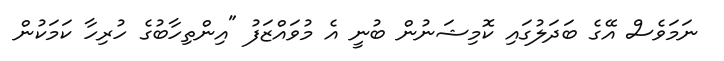
ނަމަވެސް އޭގެ ބަދަލުގައި ކޮމިޝަނުން ބުނީ އެ މުވައްޒަފު "އިންތިހާބުގެ ހުރިހާ ކަމަކުން